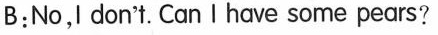
B:No, don't. Can Ihave some pears?